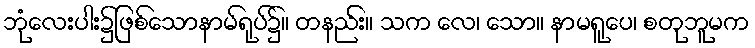
ဘုံလေးပါး၌ဖြစ်သောနာမ်ရုပ်၌။ တနည်း။ သက လေ၊ သော။ နာမရူပေ၊ စတုဘူမက